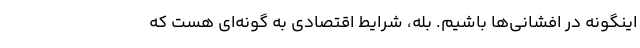
اینگونه دُر افشانی‌ها باشیم. بله، شرایط اقتصادی به گونه‌ای هست که